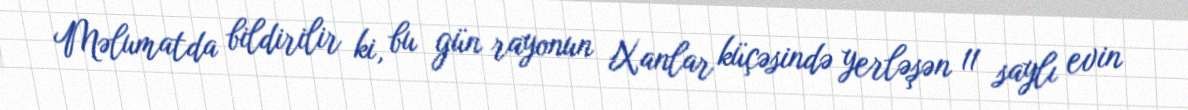
Məlumatda bildirilir ki, bu gün rayonun Xanlar küçəsində yerləşən 11 saylı evin